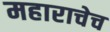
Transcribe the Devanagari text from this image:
महाराचेच